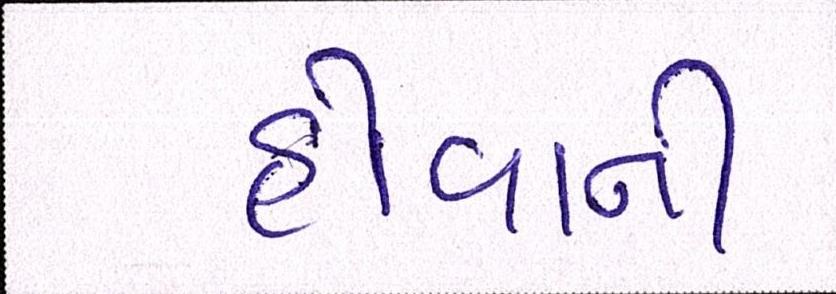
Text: હોવાની